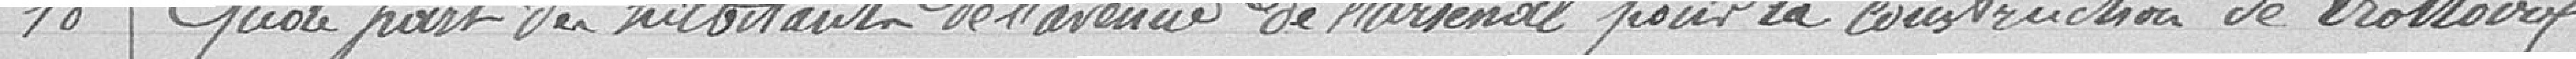
18 - Quote part des habitants de l'avenue de l'Arsenal pour la construction de trottoirs